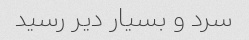
سرد و بسیار دیر رسید